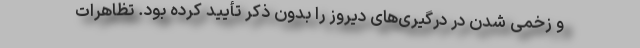
و زخمی شدن در درگیری‌های دیروز را بدون ذکر تأیید کرده بود. تظاهرات